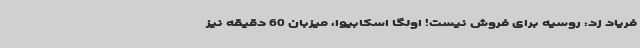
فریاد زد: روسیه برای فروش نیست! اولگا اسکابیوا، میزبان 60 دقیقه نیز